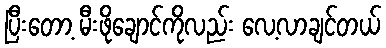
ပြီးတော့ မီးဖိုချောင်ကိုလည်း လေ့လာချင်တယ်